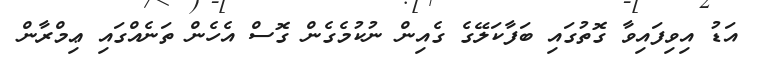
އަޑު އިވިފައިވާ ގޮތުގައި ބަފާކަލޭގެ ގެއިން ނުކުމެގެން ގޮސް އެހެން ތަނެއްގައި ޢިމްރާން